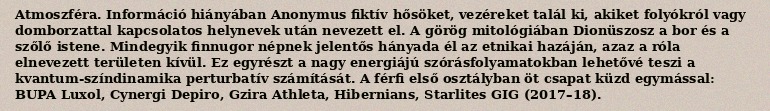
Atmoszféra. Információ hiányában Anonymus fiktív hősöket, vezéreket talál ki, akiket folyókról vagy domborzattal kapcsolatos helynevek után nevezett el. A görög mitológiában Dionüszosz a bor és a szőlő istene. Mindegyik finnugor népnek jelentős hányada él az etnikai hazáján, azaz a róla elnevezett területen kívül. Ez egyrészt a nagy energiájú szórásfolyamatokban lehetővé teszi a kvantum-színdinamika perturbatív számítását. A férfi első osztályban öt csapat küzd egymással: BUPA Luxol, Cynergi Depiro, Gzira Athleta, Hibernians, Starlites GIG (2017–18).